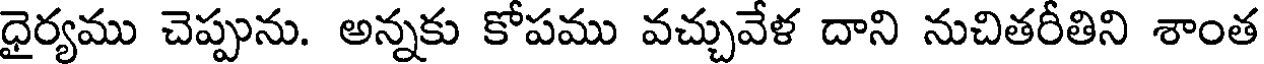
ధైర్యము చెప్పును. అన్నకు కోపము వచ్చువేళ దాని నుచితరీతిని శాంత